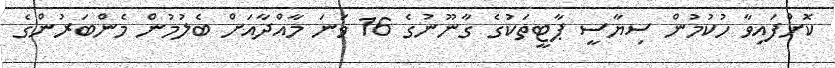
ކޮށްފައިވާ ހުކުމުން ސިޔާސީ ޕާޓީތަކުގެ ގާނޫނުގެ 16 ވަނަ މާއްދާއަށް ބެލުމުން މެންބަރުންގެ